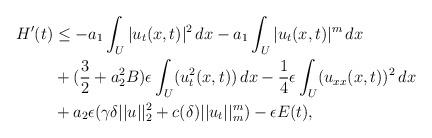
LaTeX: \begin{align*}H'(t) & \leq -a_1 \int_U |u_t(x,t)|^2 \,dx - a_1 \int_U |u_t(x,t)|^m \,dx \\ & + (\frac{3}{2} + a^2_2 B) \epsilon \int_U (u_t^2(x,t)) \,dx - \frac{1}{4} \epsilon \int_U (u_{xx}(x,t))^2 \,dx \\ & + a_2 \epsilon (\gamma \delta ||u||^2_2 + c(\delta)||u_t||^m_m) - \epsilon E(t),\end{align*}